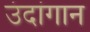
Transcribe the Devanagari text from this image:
उंदांगान